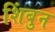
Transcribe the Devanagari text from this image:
शिंबुन